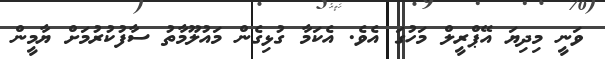
ވަނީ މިދިޔަ އޭޕްރީލް މަހުގަ އެވެ. އެކަމާ ގުޅިގެން މައުލޫމާތު ސާފުކުރުމަށް ޔާމީން